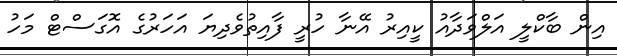
އިން ބާކްލީ އަލްވަދާއު ކީއިރު އޭނާ ހުރީ ފާއިތުވެދިޔަ އަހަރުގެ އޮގަސްޓް މަހު